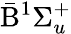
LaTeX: \bar{\mathrm{B}}^{1}\Sigma_{u}^{+}